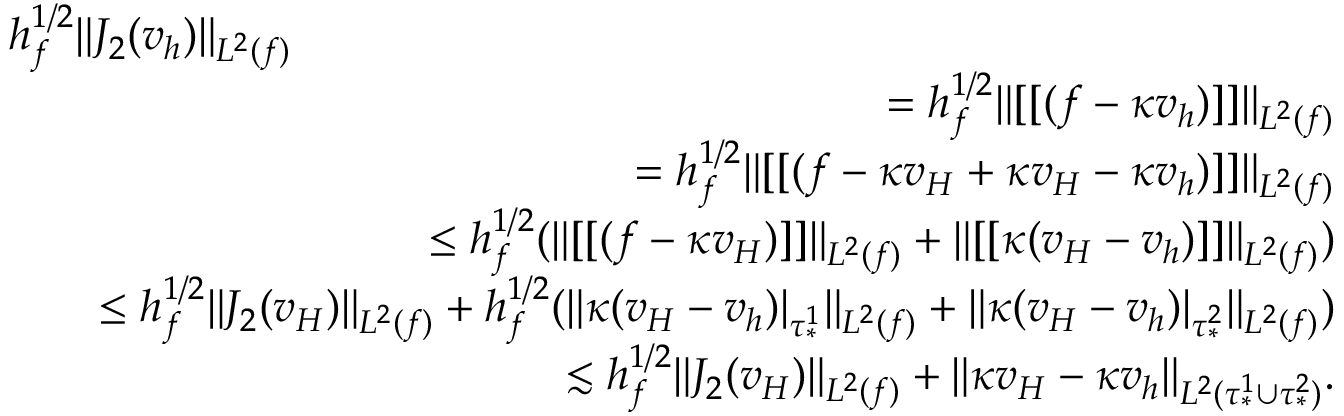
\begin{array} { r l r } { \lefteqn { h _ { f } ^ { 1 / 2 } \| J _ { 2 } ( \boldsymbol { v } _ { h } ) \| _ { L ^ { 2 } ( f ) } } } \\ & { } & { = h _ { f } ^ { 1 / 2 } \| [ [ ( \boldsymbol { f } - \kappa \boldsymbol { v } _ { h } ) ] ] \| _ { L ^ { 2 } ( f ) } } \\ & { } & { = h _ { f } ^ { 1 / 2 } \| [ [ ( \boldsymbol { f } - \kappa \boldsymbol { v } _ { H } + \kappa \boldsymbol { v } _ { H } - \kappa \boldsymbol { v } _ { h } ) ] ] \| _ { L ^ { 2 } ( f ) } } \\ & { } & { \leq h _ { f } ^ { 1 / 2 } ( \| [ [ ( \boldsymbol { f } - \kappa \boldsymbol { v } _ { H } ) ] ] \| _ { L ^ { 2 } ( f ) } + \| [ [ \kappa ( \boldsymbol { v } _ { H } - \boldsymbol { v } _ { h } ) ] ] \| _ { L ^ { 2 } ( f ) } ) } \\ & { } & { \leq h _ { f } ^ { 1 / 2 } \| J _ { 2 } ( \boldsymbol { v } _ { H } ) \| _ { L ^ { 2 } ( f ) } + h _ { f } ^ { 1 / 2 } ( \| \kappa ( \boldsymbol { v } _ { H } - \boldsymbol { v } _ { h } ) \vert _ { \tau _ { * } ^ { 1 } } \| _ { L ^ { 2 } ( f ) } + \| \kappa ( \boldsymbol { v } _ { H } - \boldsymbol { v } _ { h } ) \vert _ { \tau _ { * } ^ { 2 } } \| _ { L ^ { 2 } ( f ) } ) } \\ & { } & { \lesssim h _ { f } ^ { 1 / 2 } \| J _ { 2 } ( \boldsymbol { v } _ { H } ) \| _ { L ^ { 2 } ( f ) } + \| \kappa \boldsymbol { v } _ { H } - \kappa \boldsymbol { v } _ { h } \| _ { L ^ { 2 } ( \tau _ { * } ^ { 1 } \cup \tau _ { * } ^ { 2 } ) } . } \end{array}